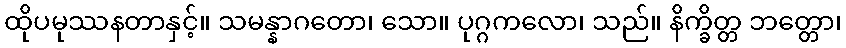
ထိုပမုဿနတာနှင့်။ သမန္နာဂတော၊ သော။ ပုဂ္ဂကလော၊ သည်။ နိက္ခိတ္တ ဘတ္တော၊